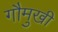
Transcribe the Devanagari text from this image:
गौमुखी